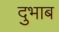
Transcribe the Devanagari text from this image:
दुभाब